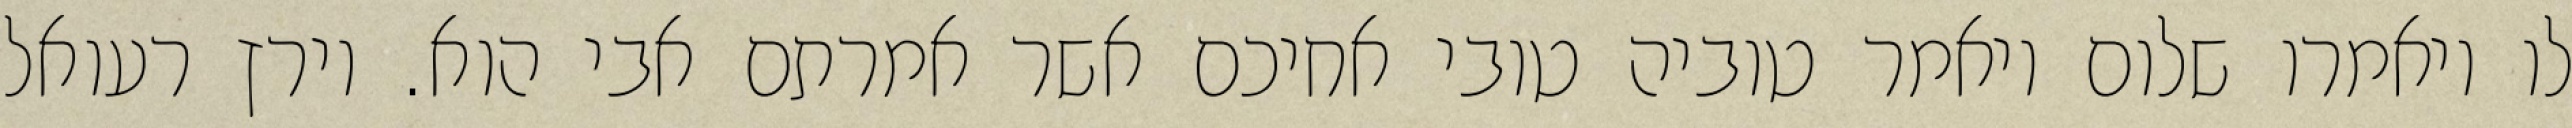
לו ויאמרו שלום ויאמר טוביה טובי אחיכם אשר אמרתם אבי הוא. וירץ רעואל